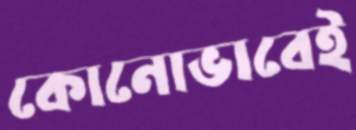
কোনোভাবেই